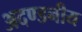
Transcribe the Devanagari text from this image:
अदण्डनीय